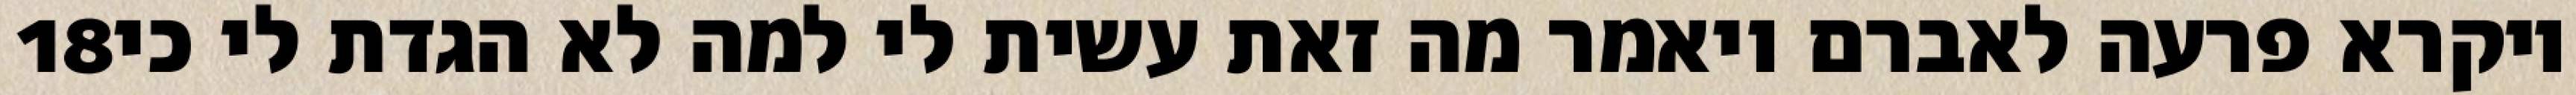
‎18‏ ויקרא פרעה לאברם ויאמר מה זאת עשית לי למה לא הגדת לי כי